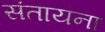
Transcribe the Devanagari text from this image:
संतायना